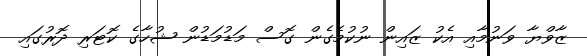
ޒާވްޔާ ވަނުމާއި އެކު ޒައިން ނުކުމެގެން ގޮސް މަޑުމަޑުން ޝުހާގެ ކޮޓަރި ދޮރުގައި